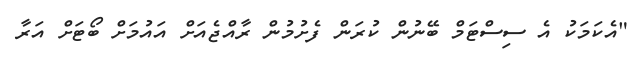
"އެކަމަކު އެ ސިސްޓަމް ބޭނުން ކުރަން ފެށުމުން ރާއްޖެއަށް އައުމަށް ބޯޓަށް އަރާ